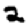
Digit: 2